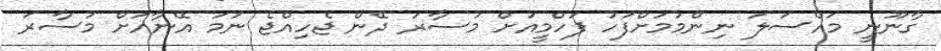
ގާނޫނީ މައްސަލަ ނިންމުމަށްފަހު ފަހްމީއަށް މުސާރަ ދޭން ޖެހިއްޖެ ނަމަ އޭނާއަށް މުސާރަ